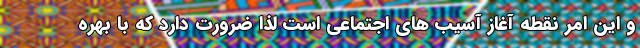
و این امر نقطه آغاز آسیب های اجتماعی است لذا ضرورت دارد که با بهره